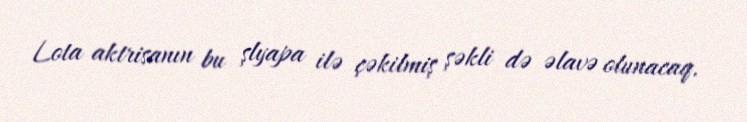
Lota aktrisanın bu şlyapa ilə çəkilmiş şəkli də əlavə olunacaq.